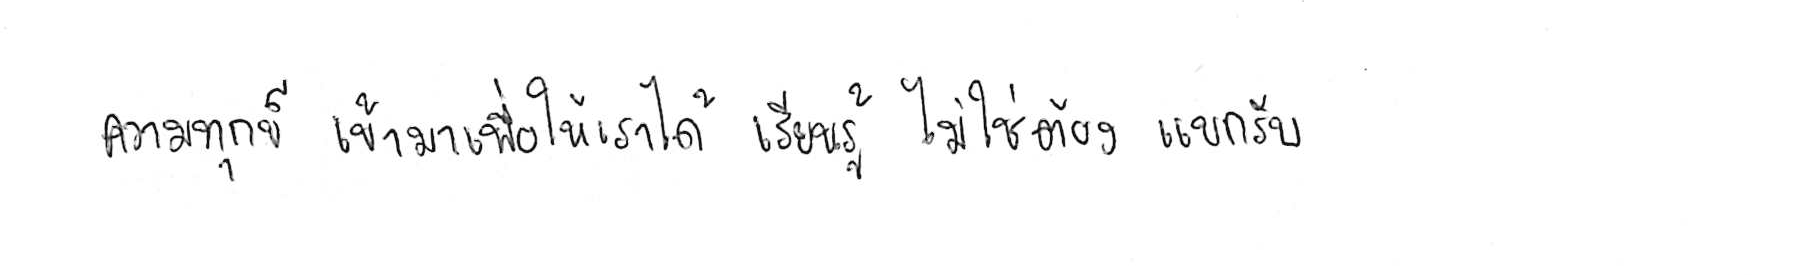
ความทุกข์ เข้ามาเพื่อให้เราได้ เรียนรู้ ไม่ใช่ต้อง แบกรับ